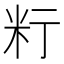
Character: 𥸰